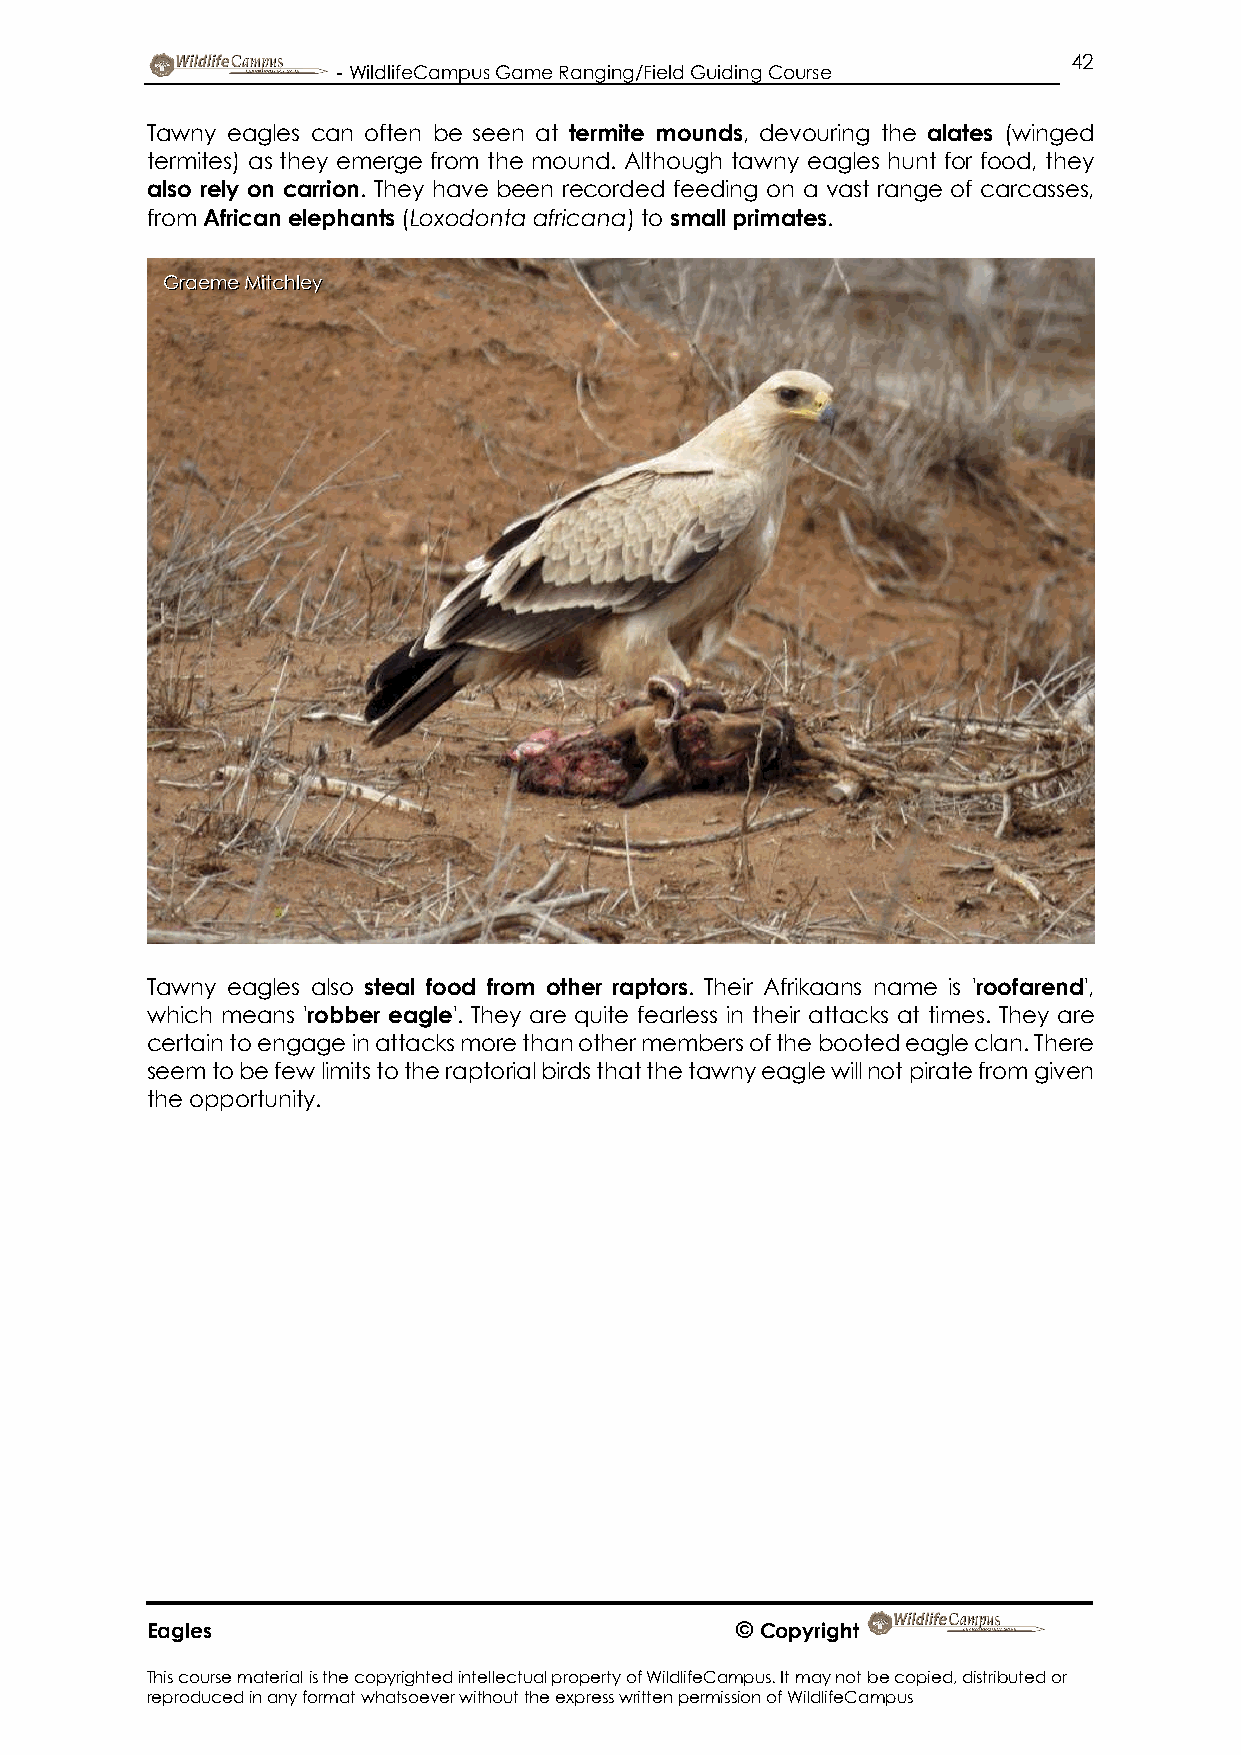
42
 - WildlifeCampus Game Ranging/Field Guiding Course
 Tawny eagles can often be seen at termite mounds, devouring the alates (winged
 termites) as they emerge from the mound. Although tawny eagles hunt for food, they
 also rely on carrion. They have been recorded feeding on a vast range of carcasses,
 from African elephants (Loxodonta africana) to small primates.
 Graeme Mitchley
 Tawny eagles also steal food from other raptors. Their Afrikaans name is 'roofarend',
 which means 'robber eagle'. They are quite fearless in their attacks at times. They are
 certain to engage in attacks more than other members of the booted eagle clan. There
 seem to be few limits to the raptorial birds that the tawny eagle will not pirate from given
 the opportunity.
 Eagles                                 © Copyright
 This course material is the copyrighted intellectual property of WildlifeCampus. It may not be copied, distributed or
 reproduced in any format whatsoever without the express written permission of WildlifeCampus